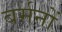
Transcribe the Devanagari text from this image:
बर्मनों